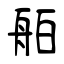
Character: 舶